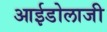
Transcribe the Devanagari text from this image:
आईडोलाजी